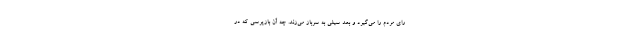
رای مردم را می‌گیرد و بعد سیلی به سرباز می‌زند. چه آن بازپرسی که در